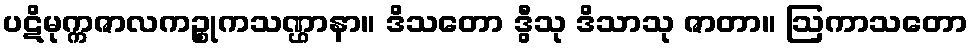
ပဋိမုက္ကဇာလကဉ္စုကသဏ္ဌာနာ။ ဒိသတော ဒွီသု ဒိသာသု ဇာတာ။ ဩကာသတော